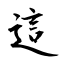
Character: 這